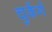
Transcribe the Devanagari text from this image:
चुकेंगे